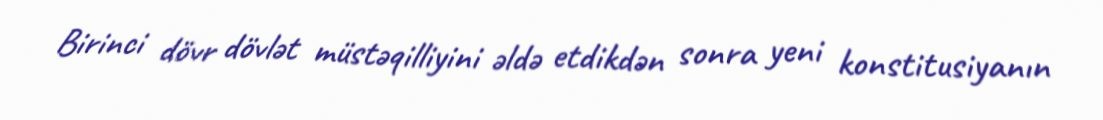
Birinci dövr dövlət müstəqilliyini əldə etdikdən sonra yeni konstitusiyanın